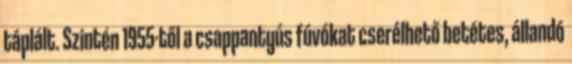
táplált. Szintén 1955-től a csappantyús fúvókat cserélhető betétes, állandó